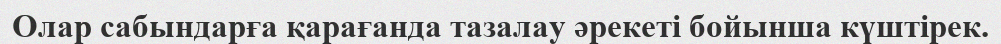
Олар сабындарға қарағанда тазалау әрекеті бойынша күштірек.